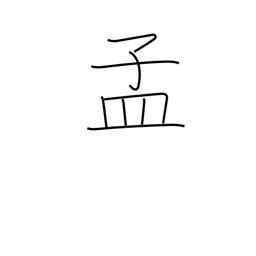
Meaning: beginning